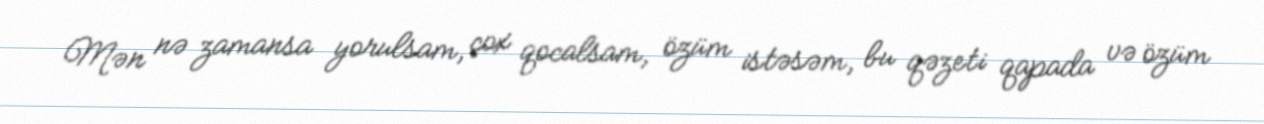
Mən nə zamansa yorulsam, çox qocalsam, özüm istəsəm, bu qəzeti qapada və özüm